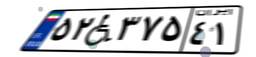
۵۲W۳۷۵۴۱